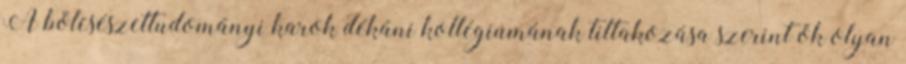
A bölcsészettudományi karok dékáni kollégiumának tiltakozása szerint ők olyan